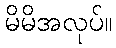
မိမိအလုပ်။